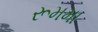
રૂમમા